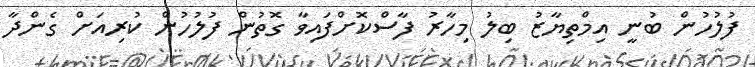
ފުލުހުން ބުނީ އިމްތިޔާޒު ބިލު މިހާރު ފާސްކޮށްފައިވާ ގޮތުން ފުލުހުން ކުރިއަށް ގެންދާ